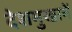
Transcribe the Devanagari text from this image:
देशमुखानें